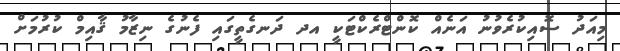
މިއަދު ސޮއިކުރެވުނު އަނެއް ކޮންޓްރެކްޓަކީ އދ ދަނގެތީގައި ފެނުގެ ނިޒާމު ޤާއިމް ކުރުމަށް